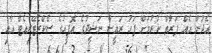
އެދުން އެއް ފަރާތް ކުުރުމަށް ފަހު ރައީސް ނަޝީދުގެ އޮފީހުގެ ސެކްރެޓޭރިއެޓް އާއި